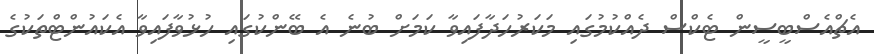
އެޗްއެސްބީސީން ޓެކްސް ދެއްކުމުގައި މަކަރުހަދާފައިވާ ކަމަށް ބުނެ އެ ބޭންކުގައި ހުޅުވާފައިވާ އެކައުންޓްތަކުގެ